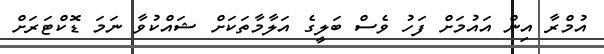
އުުމްރާ އިން އައުމަށް ފަހު ވެސް ބަލީގެ އަލާމާތަކަށް ޝައްކުވާ ނަމަ ޑޮކްޓަރަށް